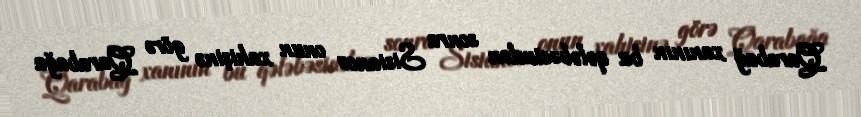
Qarabağ xanının bu qələbəsindən sonra Sisianov onun xahişinə görə Qarabağa